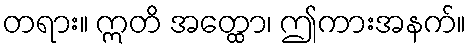
တရား။ ဣတိ အတ္ထော၊ ဤကားအနက်။